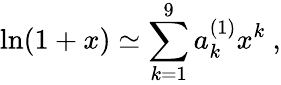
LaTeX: \ln(1+x)\simeq\sum_{k=1}^{9}a_{k}^{(1)}x^{k}~,